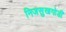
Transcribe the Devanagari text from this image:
निजसुखगोडी